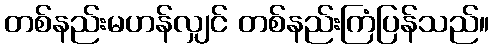
တစ်နည်းမဟန်လျှင် တစ်နည်းကြံပြန်သည်။